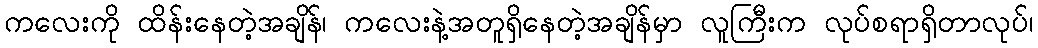
ကလေးကို ထိန်းနေတဲ့အချိန်၊ ကလေးနဲ့အတူရှိနေတဲ့အချိန်မှာ လူကြီးက လုပ်စရာရှိတာလုပ်၊